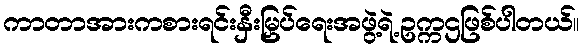
ကာတာအားကစားရင်းနှီးမြှပ်ရေးအဖွဲ့ရဲ့ဥက္ကဌဖြစ်ပါတယ်။